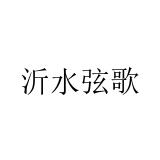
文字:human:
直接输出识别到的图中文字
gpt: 沂水弦歌